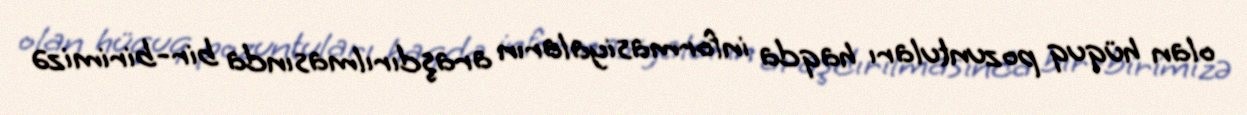
olan hüquq pozuntuları haqda informasiyaların araşdırılmasında bir-birimizə